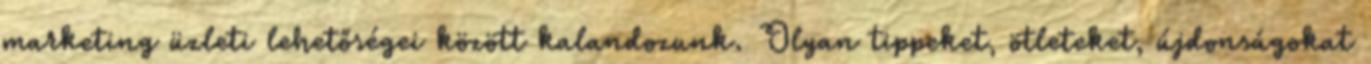
marketing üzleti lehetőségei között kalandozunk. Olyan tippeket, ötleteket, újdonságokat